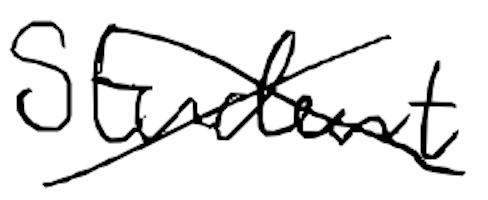
Text: Student
Cross-out: mix
Writing tool: digital_black